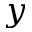
y